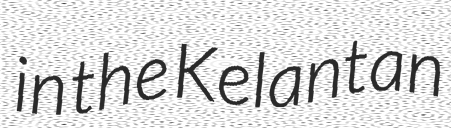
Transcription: in the Kelantan